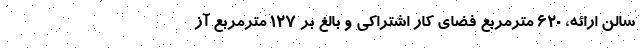
سالن ارائه، 620 مترمربع فضای کار اشتراکی و بالغ بر 127 مترمربع آز